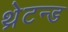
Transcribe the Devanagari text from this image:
थ्रेटन्ड